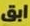
ابق